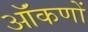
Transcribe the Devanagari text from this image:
ऑंकणों